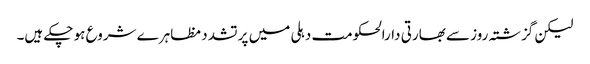
لیکن گزشتہ روز سے بھارتی دارالحکومت دہلی میں پر تشدد مظاہرے شروع ہو چکے ہیں۔